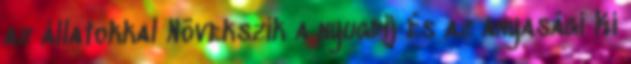
az állatokkal Növekszik a nyugdíj és az anyasági Ki